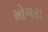
મોગરા